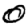
Digit: 0